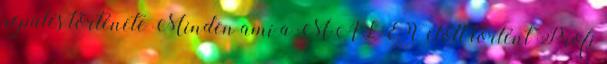
repülés története Minden ami a MALÉV előtt történt Profi